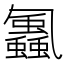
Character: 𮕕